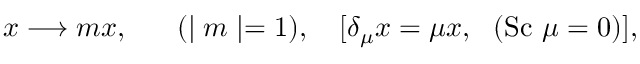
x \longrightarrow m x , ~ ~ ~ ~ ~ ( \mid m \mid = 1 ) , ~ ~ ~ [ \delta _ { \mu } x = \mu x , ~ ~ ( \mathrm { S c } ~ \mu = 0 ) ] ,